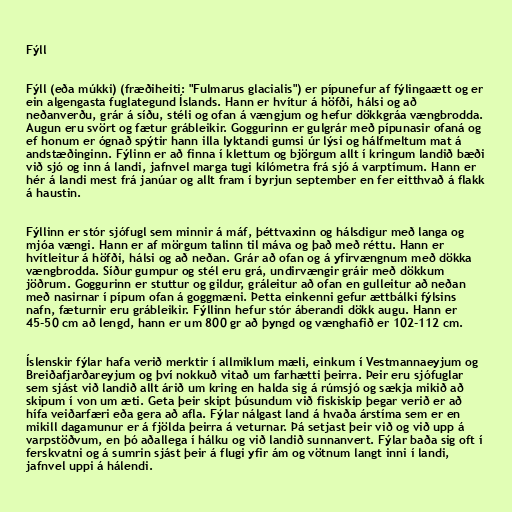
Fýll

Fýll (eða múkki) (fræðiheiti: "Fulmarus glacialis") er pípunefur af fýlingaætt og er
ein algengasta fuglategund Íslands. Hann er hvítur á höfði, hálsi og að
neðanverðu, grár á síðu, stéli og ofan á vængjum og hefur dökkgráa vængbrodda.
Augun eru svört og fætur grábleikir. Goggurinn er gulgrár með pípunasir ofaná og
ef honum er ógnað spýtir hann illa lyktandi gumsi úr lýsi og hálfmeltum mat á
andstæðinginn. Fýlinn er að finna í klettum og björgum allt í kringum landið bæði
við sjó og inn á landi, jafnvel marga tugi kílómetra frá sjó á varptímum. Hann er
hér á landi mest frá janúar og allt fram í byrjun september en fer eitthvað á flakk
á haustin.

Fýllinn er stór sjófugl sem minnir á máf, þéttvaxinn og hálsdigur með langa og
mjóa vængi. Hann er af mörgum talinn til máva og það með réttu. Hann er
hvítleitur á höfði, hálsi og að neðan. Grár að ofan og á yfirvængnum með dökka
vængbrodda. Síður gumpur og stél eru grá, undirvængir gráir með dökkum
jöðrum. Goggurinn er stuttur og gildur, gráleitur að ofan en gulleitur að neðan
með nasirnar í pípum ofan á goggmæni. Þetta einkenni gefur ættbálki fýlsins
nafn, fæturnir eru grábleikir. Fýllinn hefur stór áberandi dökk augu. Hann er
45-50 cm að lengd, hann er um 800 gr að þyngd og vænghafið er 102-112 cm.

Íslenskir fýlar hafa verið merktir í allmiklum mæli, einkum í Vestmannaeyjum og
Breiðafjarðareyjum og því nokkuð vitað um farhætti þeirra. Þeir eru sjófuglar
sem sjást við landið allt árið um kring en halda sig á rúmsjó og sækja mikið að
skipum í von um æti. Geta þeir skipt þúsundum við fiskiskip þegar verið er að
hífa veiðarfæri eða gera að afla. Fýlar nálgast land á hvaða árstíma sem er en
mikill dagamunur er á fjölda þeirra á veturnar. Þá setjast þeir við og við upp á
varpstöðvum, en þó aðallega í hálku og við landið sunnanvert. Fýlar baða sig oft í
ferskvatni og á sumrin sjást þeir á flugi yfir ám og vötnum langt inni í landi,
jafnvel uppi á hálendi.